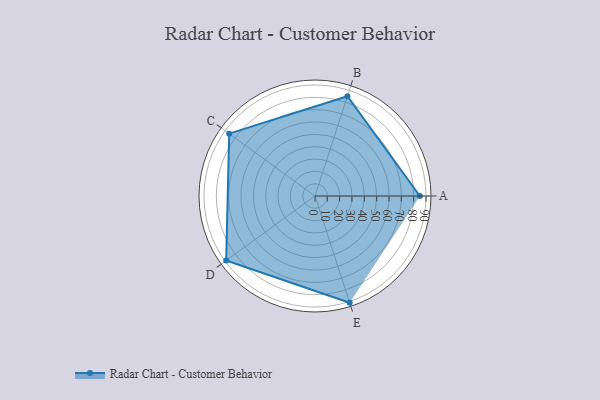
{"axis": {"x": "Skill", "y": "Score"}, "legend": ["Profile"], "data": [{"x": "A", "y": 85.0, "type": "Profile"}, {"x": "B", "y": 85.0, "type": "Profile"}, {"x": "C", "y": 86.0, "type": "Profile"}, {"x": "D", "y": 89.0, "type": "Profile"}, {"x": "E", "y": 91.0, "type": "Profile"}]}